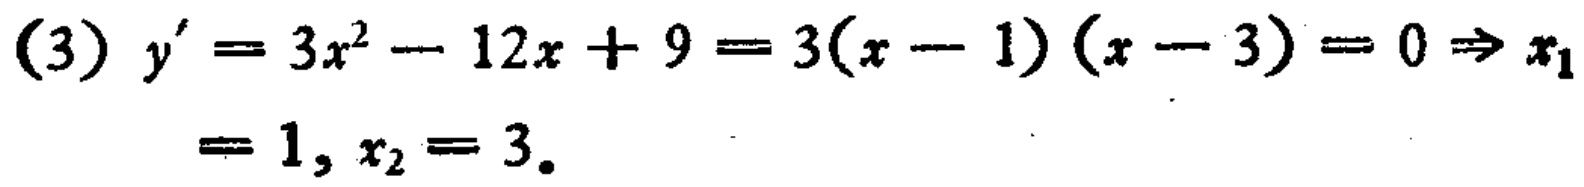
(3) \(y' = 3x^{2}-12x + 9 = 3(x - 1)(x - 3)=0\Rightarrow x_{1}=1,x_{2}=3\)